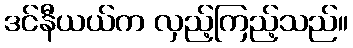
ဒင်နီယယ်က လှည့်ကြည့်သည်။